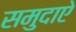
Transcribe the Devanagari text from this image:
समुदाऐ